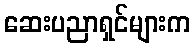
ဆေးပညာရှင်များက